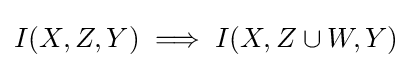
I(X,Z,Y)\implies I(X,Z\cup W,Y)